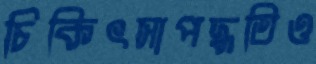
চিকিৎসাপদ্ধতিও